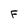
Character: F